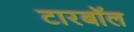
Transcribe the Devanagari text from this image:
टारबॉल